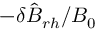
- \delta \hat { B } _ { r h } / B _ { 0 }